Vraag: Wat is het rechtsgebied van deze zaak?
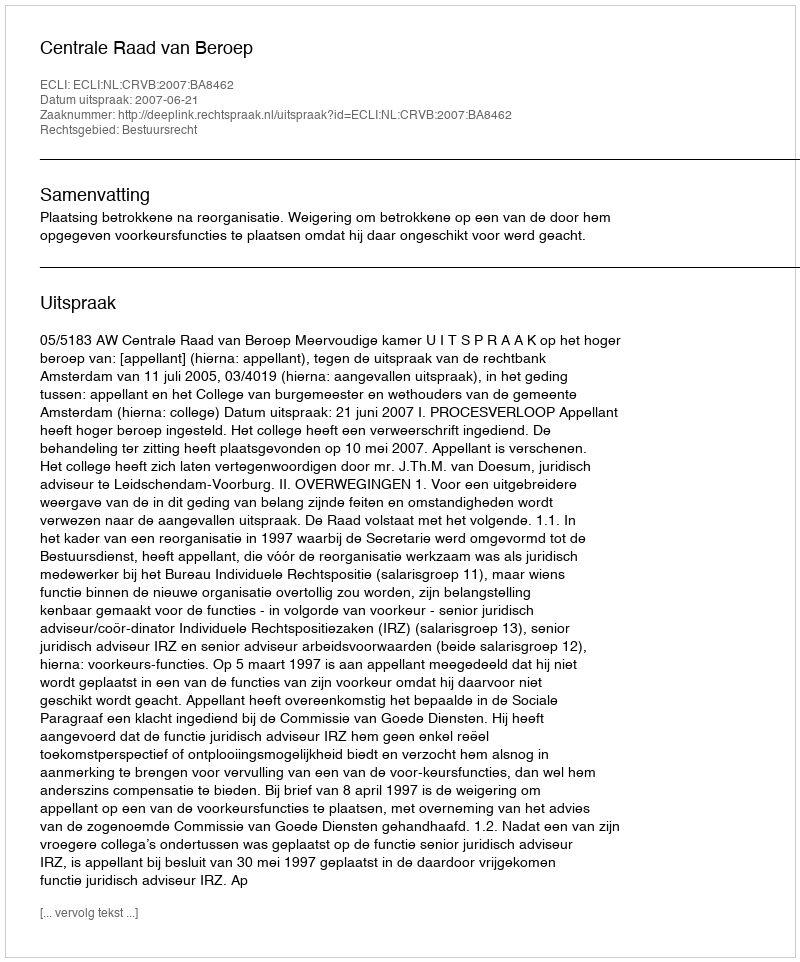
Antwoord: Bestuursrecht